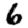
Digit: 6